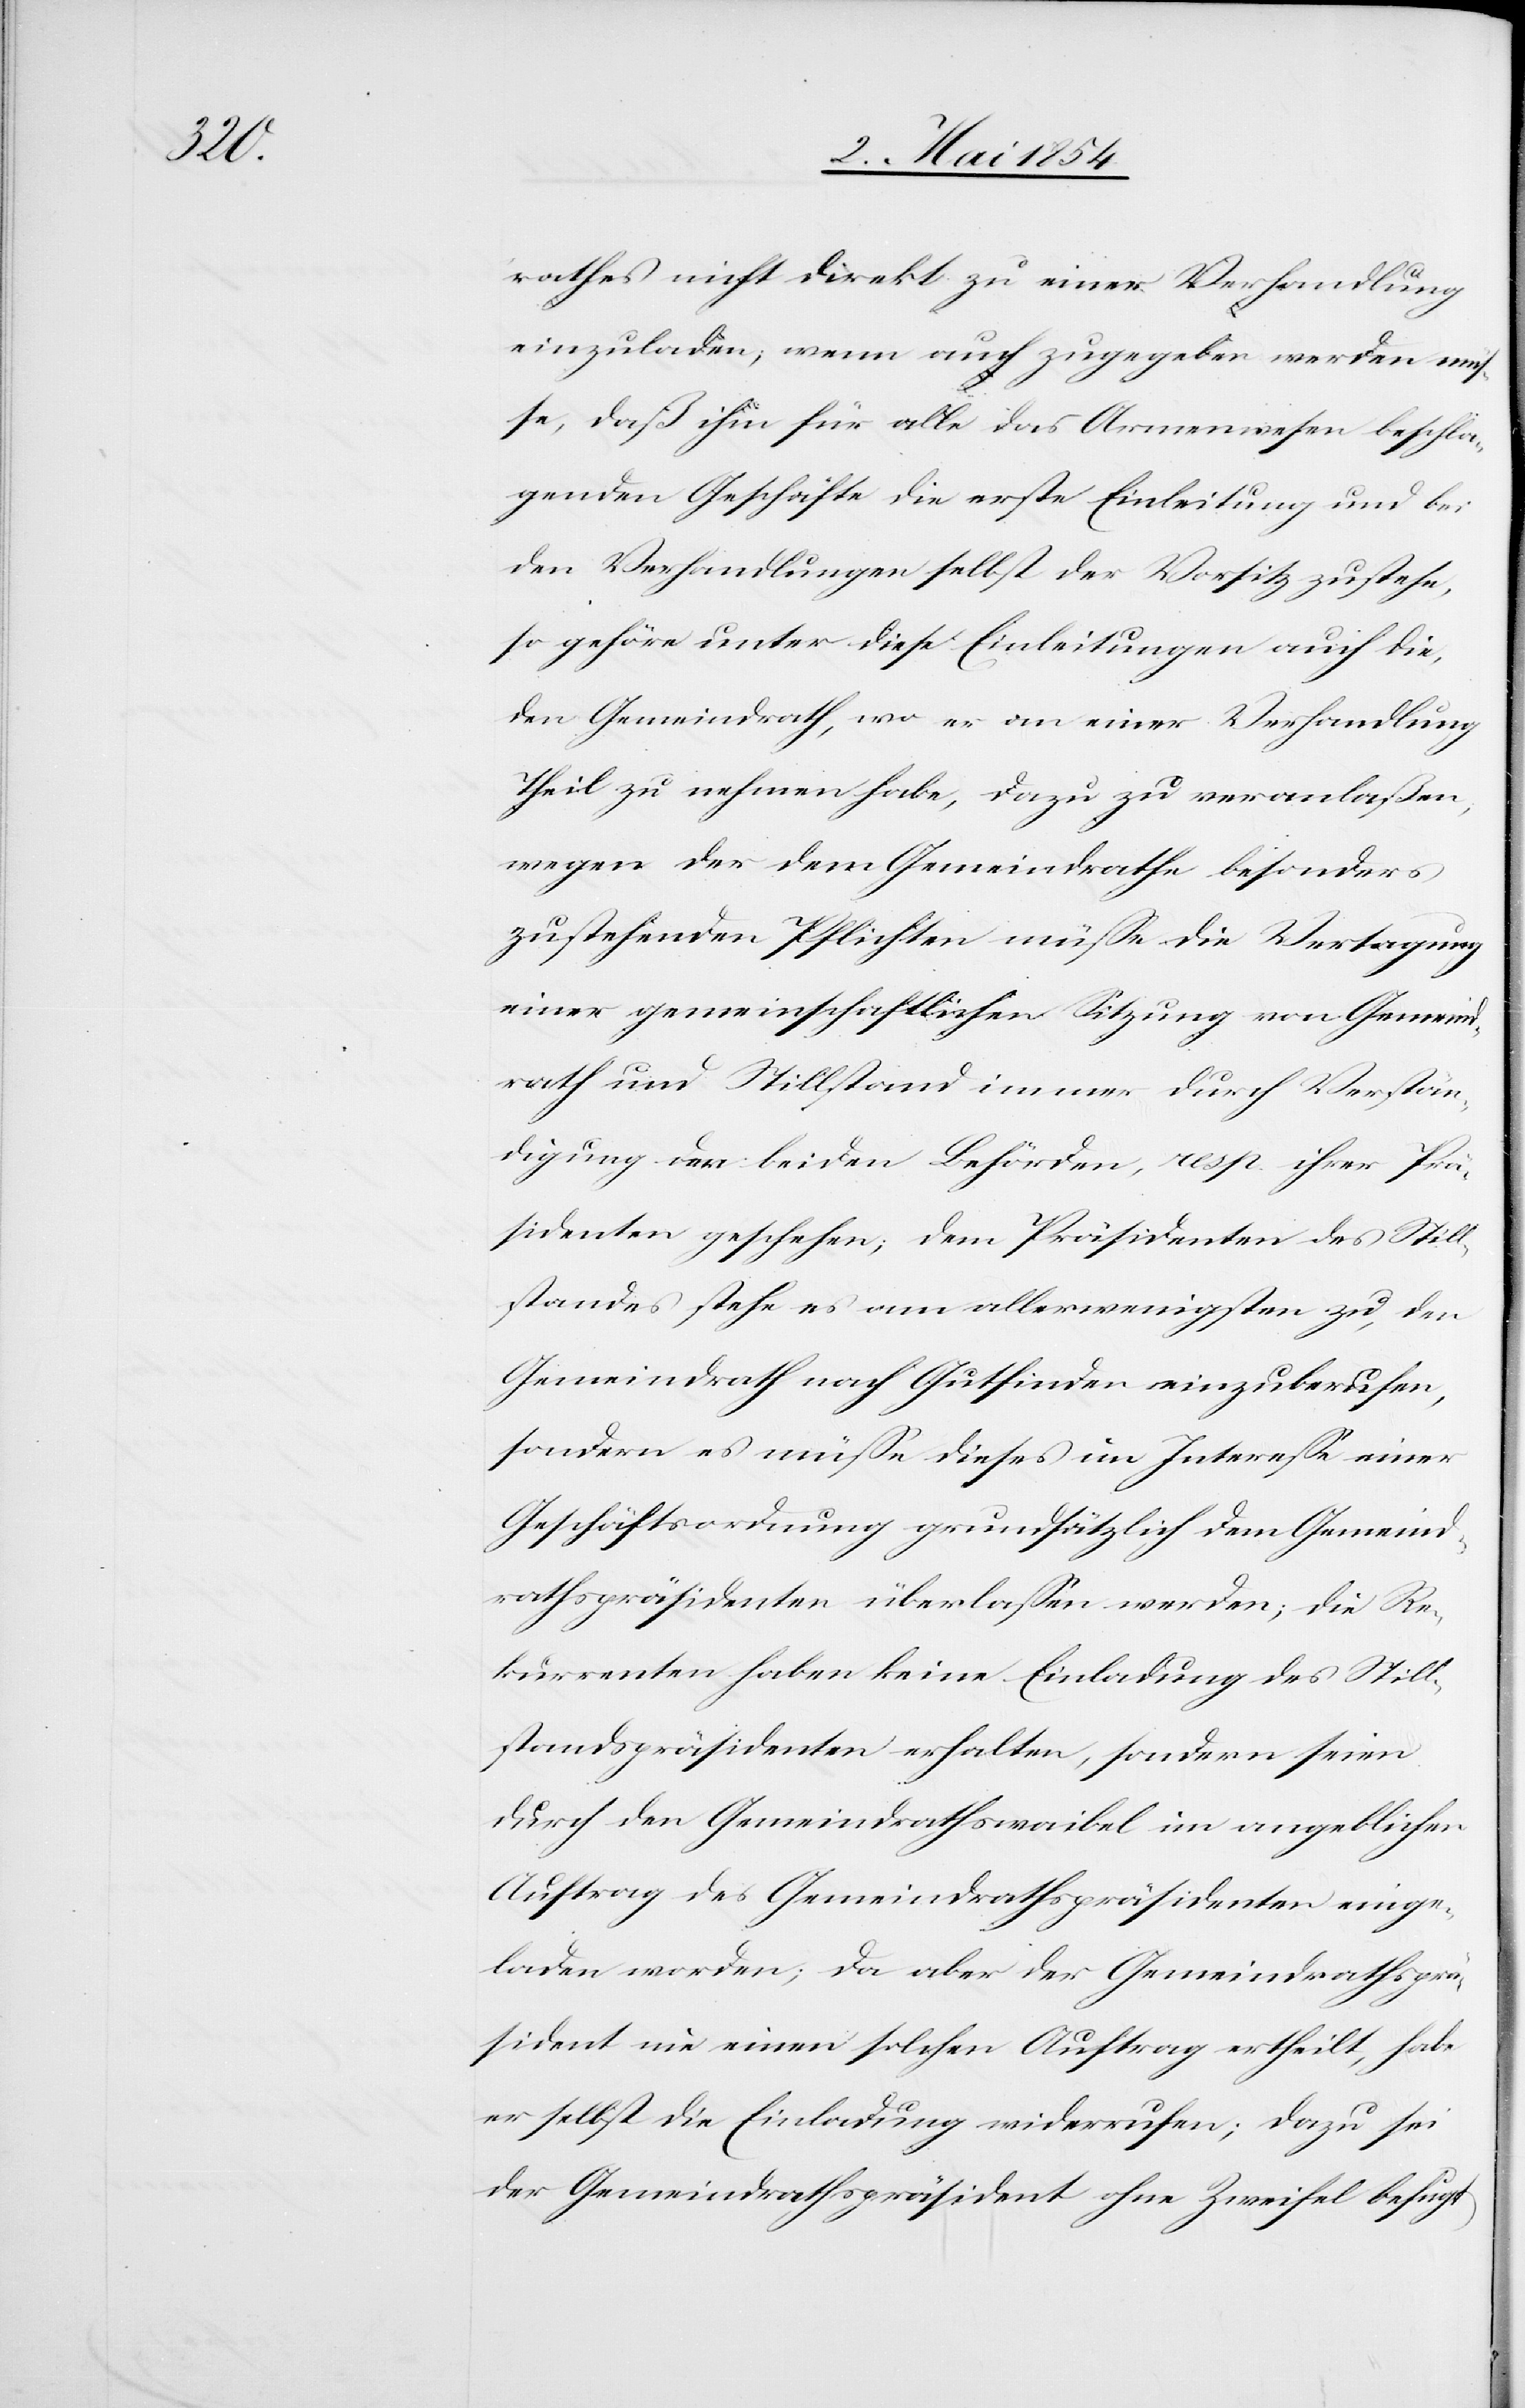
rathes nicht direkt zu einer Verhandlung
einzuladen; wenn auch zugegeben werden mü¬
ße, daß ihm für alle das Armenwesen beschla¬
genden Geschäfte die erste Einleitung und bei
den Verhandlungen selbst der Vorsitz zustehe,
so gehöre unter diese Einleitungen auch die,
den Gemeindrath, wo er an einer Verhandlung
Theil zu nehmen habe, dazu zu veranlaßen,
wegen der dem Gemeindrathe besonders
zustehenden Pflichten müße die Vertagung
einer gemeinschaftlichen Sitzung von Gemeind¬
rath und Stillstand immer durch Verstän¬
digung der beiden Behörden, resp. ihrer Prä¬
sidenten geschehen; dem Präsidenten des Still¬
standes stehe es am allerwenigsten zu, den
Gemeindrath nach Gutfinden einzuberufen,
sondern es müße dieses im Intereße einer
Geschäftsordnung grundsätzlich dem Gemeind¬
rathspräsidenten überlaßen werden; die Re¬
kurrenten haben keine Einladung des Still¬
standspräsidenten erhalten, sondern seien
durch den Gemeindrathswaibel im angeblichen
Auftrag des Gemeindrathspräsidenten einge¬
laden worden; da aber der Gemeindrathsprä¬
sident nie einen solchen Auftrag ertheilt, habe
er selbst die Einladung widerrufen; dazu sei
der Gemeindrathspräsident ohne Zweifel befugt